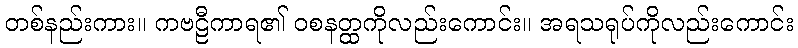
တစ်နည်းကား။ ကဗဠီကာရ၏ ဝစနတ္ထကိုလည်းကောင်း။ အရသရုပ်ကိုလည်းကောင်း